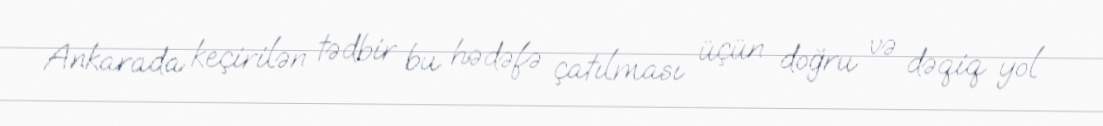
Ankarada keçirilən tədbir bu hədəfə çatılması üçün doğru və dəqiq yol